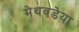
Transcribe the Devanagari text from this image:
मेथवडेया